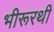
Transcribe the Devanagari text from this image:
भीरूरथी